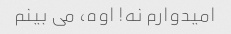
امیدوارم نه! اوه، می بینم